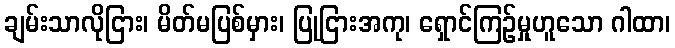
ချမ်းသာလိုငြား၊ မိတ်မပြစ်မှား၊ ပြုငြားအကု၊ ရှောင်ကြဉ်မှုဟူသော ဂါထာ၊